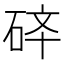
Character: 𱳽